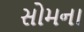
સોમના